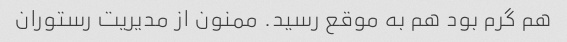
هم گرم بود هم به موقع رسید. ممنون از مدیریت رستوران